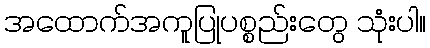
အထောက်အကူပြုပစ္စည်းတွေ သုံးပါ။